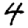
Digit: 4